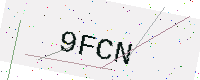
Text: 9FCN